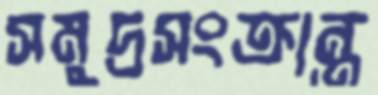
সমুদ্রসংক্রান্ত